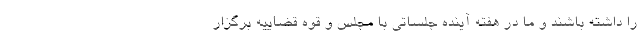
را داشته باشند و ما در هفته آینده جلساتی با مجلس و قوه قضاییه برگزار